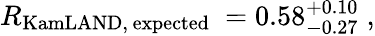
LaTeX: R_{\mathrm{KamLAND,\, expected}}~=0.58_{-0.27}^{+0.10}\; ,